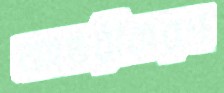
আন্তরীকরণ